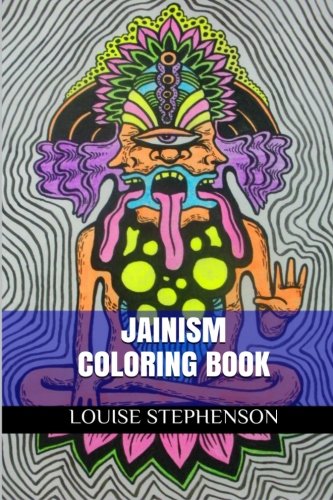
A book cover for Jainism Coloring Book: Meditational and Hinduism Adult Coloring Book; Louise Stephenson; Religion & Spirituality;